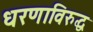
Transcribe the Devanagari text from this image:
धरणाविरुद्ध